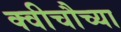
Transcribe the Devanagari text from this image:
क्वीचौच्या